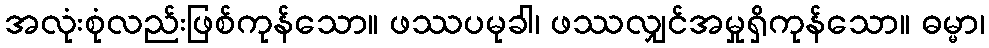
အလုံးစုံလည်းဖြစ်ကုန်သော။ ဖဿပမုခါ၊ ဖဿလျှင်အမှုရှိကုန်သော။ ဓမ္မာ၊